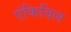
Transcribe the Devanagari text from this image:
एंकिविल